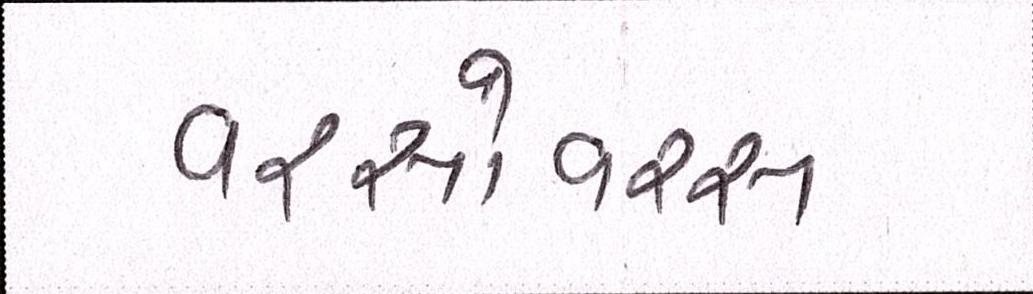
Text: વરસોવરસ